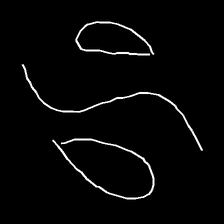
Glyph: water